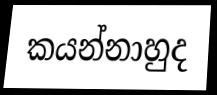
කයන්නාහුද